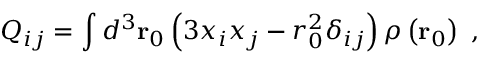
Q _ { i j } = \int d ^ { 3 } \mathbf { r } _ { 0 } \left( 3 x _ { i } x _ { j } - r _ { 0 } ^ { 2 } \delta _ { i j } \right) \rho \left( \mathbf { r } _ { 0 } \right) \ ,